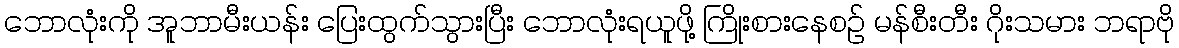
ဘောလုံးကို အူဘာမီးယန်း ပြေးထွက်သွားပြီး ဘောလုံးရယူဖို့ ကြိုးစားနေစဉ် မန်စီးတီး ဂိုးသမား ဘရာဗို